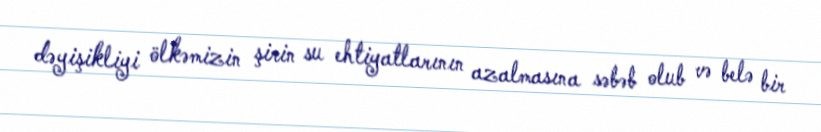
dəyişikliyi ölkəmizin şirin su ehtiyatlarının azalmasına səbəb olub və belə bir